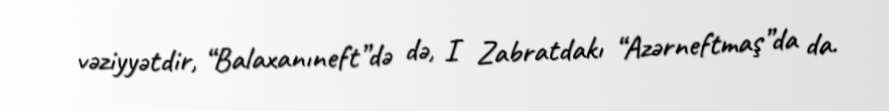
vəziyyətdir, “Balaxanıneft”də də, I Zabratdakı “Azərneftmaş”da da.